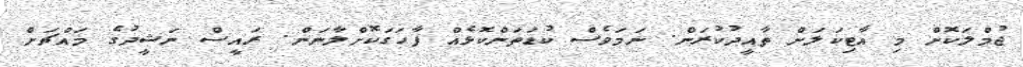
ޖުމްލަކޮށް މި އާޓިކަލަށް ތާއީދުކުރަން. ނަމަވެސް ކުޑަތަންކޮޅެއް ފާހަގަކޮށްލާނަން. ރައީސް ނަޝީދުގެ މައްޗަށް